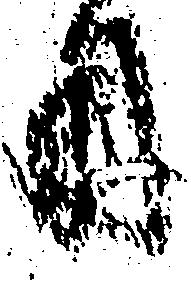
用